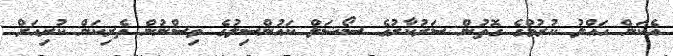
އެކަން ހައްލު ކުރުމުގެ ގޮތުން ސަރުކާރުގެ ސޯޝަލް ކައުންސިލުގެ ވިސްނުން ތެރިކަން ކުރިއަށް